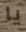
يا